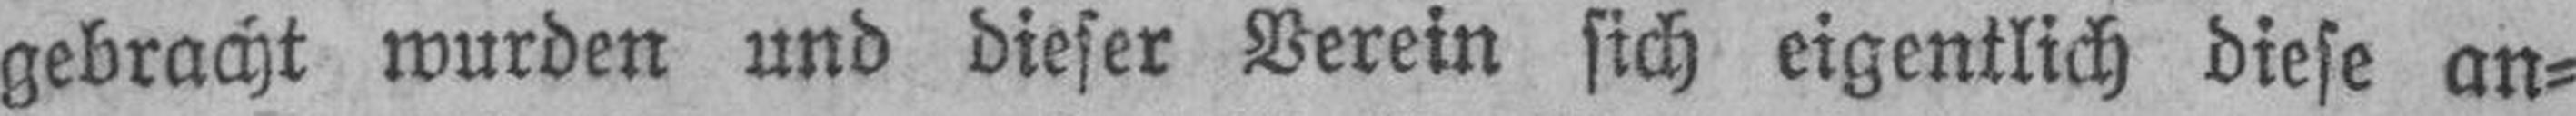
gebracht wurden und dieser Verein sich eigentlich diese an¬